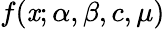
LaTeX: f(\mathit{x};\alpha,\beta,c,\mu)